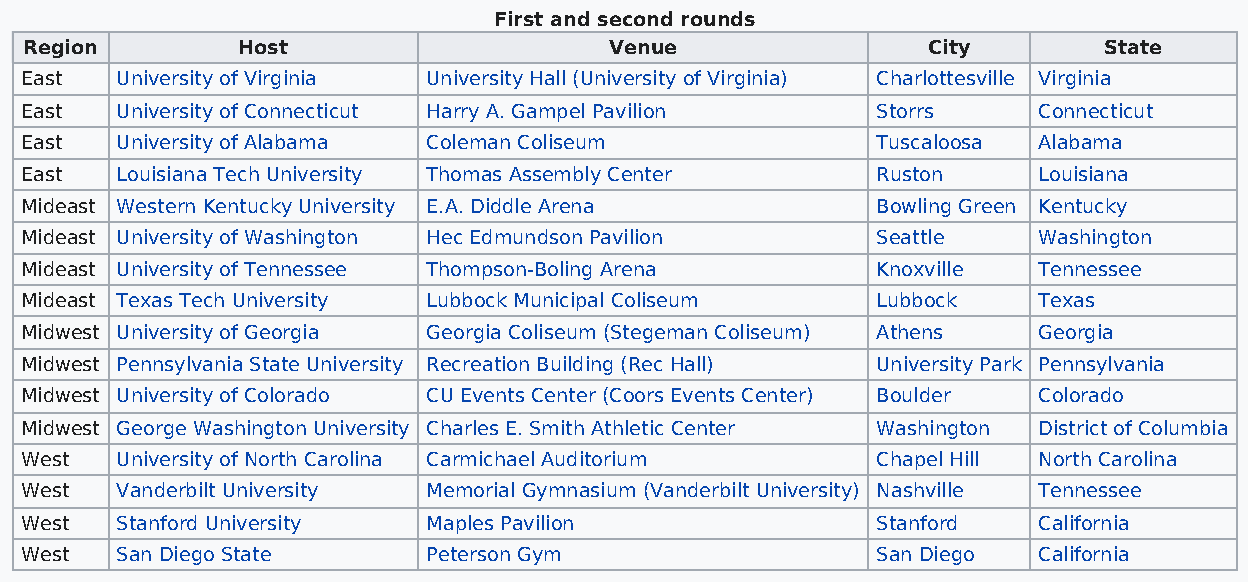
First and second rounds
 Region        Host                    Venue                City        State
 East   University of Virginia University Hall (University of Virginia) Charlottesville Virginia
 East   University of Connecticut Harry A. Gampel Pavilion Storrs    Connecticut
 East   University of Alabama Coleman Coliseum            Tuscaloosa Alabama
 East   Louisiana Tech University Thomas Assembly Center  Ruston     Louisiana
 Mideast Western Kentucky University E.A. Diddle Arena    Bowling Green Kentucky
 Mideast University of Washington Hec Edmundson Pavilion  Seattle    Washington
 Mideast University of Tennessee Thompson-Boling Arena    Knoxville  Tennessee
 Mideast Texas Tech University Lubbock Municipal Coliseum Lubbock    Texas
 Midwest University of Georgia Georgia Coliseum (Stegeman Coliseum) Athens Georgia
 Midwest Pennsylvania State University Recreation Building (Rec Hall) University Park Pennsylvania
 Midwest University of Colorado CU Events Center (Coors Events Center) Boulder Colorado
 Midwest George Washington University Charles E. Smith Athletic Center Washington District of Columbia
 West   University of North Carolina Carmichael Auditorium Chapel Hill North Carolina
 West   Vanderbilt University Memorial Gymnasium (Vanderbilt University) Nashville Tennessee
 West   Stanford University Maples Pavilion               Stanford   California
 West   San Diego State     Peterson Gym                  San Diego  California